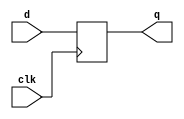
`timescale 1ps / 1ps

module register #(
    parameter integer N = 1
)
(
    input   wire                clk,
    input	wire    [N-1:0]	    d, 
    output	wire    [N-1:0]	    q
);

reg  [N-1:0]	q_reg;

always @(posedge clk)
	begin
		q_reg <= d;
	end

assign q = q_reg;

endmodule